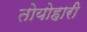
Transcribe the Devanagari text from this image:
तोयोहारी